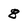
Character: 8